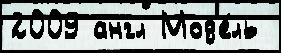
2009 англ Мод'е́ль